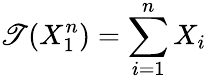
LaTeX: \mathscr{T}(X_{1}^{n})=\sum_{i=1}^{n}X_{i}